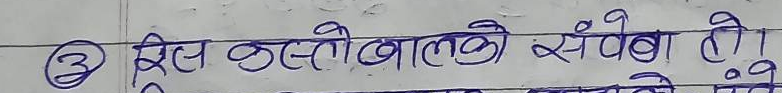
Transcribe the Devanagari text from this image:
खेल कस्तो बालकको संवेग हो।